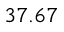
3 7 . 6 7 \